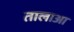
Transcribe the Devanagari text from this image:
तालाआ